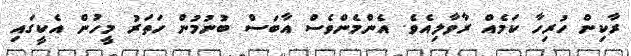
ރާކިން ހުރިހާ ކަމެއް ރާވާލިއެވެ. އެންމެންވެސް އާބަސް ބުނުމުން ހަތަރު މީހުން އެކީގައި